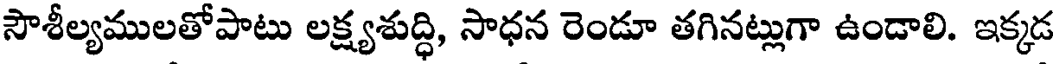
సౌశీల్యములతోపాటు లక్ష్యశుద్ధి, సాధన రెండూ తగినట్లుగా ఉండాలి. ఇక్కడ